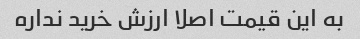
به این قیمت اصلا ارزش خرید نداره